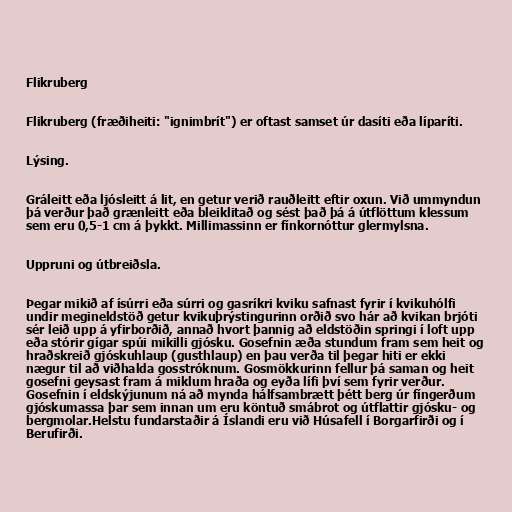
Flikruberg

Flikruberg (fræðiheiti: "ignimbrít") er oftast samset úr dasíti eða líparíti.

Lýsing.

Gráleitt eða ljósleitt á lit, en getur verið rauðleitt eftir oxun. Við ummyndun
þá verður það grænleitt eða bleiklitað og sést það þá á útflöttum klessum
sem eru 0,5-1 cm á þykkt. Millimassinn er fínkornóttur glermylsna.

Uppruni og útbreiðsla.

Þegar mikið af ísúrri eða súrri og gasríkri kviku safnast fyrir í kvikuhólfi
undir megineldstöð getur kvikuþrýstingurinn orðið svo hár að kvikan brjóti
sér leið upp á yfirborðið, annað hvort þannig að eldstöðin springi í loft upp
eða stórir gígar spúi mikilli gjósku. Gosefnin æða stundum fram sem heit og
hraðskreið gjóskuhlaup (gusthlaup) en þau verða til þegar hiti er ekki
nægur til að viðhalda gosstróknum. Gosmökkurinn fellur þá saman og heit
gosefni geysast fram á miklum hraða og eyða lífi því sem fyrir verður.
Gosefnin í eldskýjunum ná að mynda hálfsambrætt þétt berg úr fíngerðum
gjóskumassa þar sem innan um eru köntuð smábrot og útflattir gjósku- og
bergmolar.Helstu fundarstaðir á Íslandi eru við Húsafell í Borgarfirði og í
Berufirði.